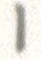
1